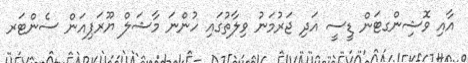
އާއި ވޮޝިންގޓަން ޑީސީ އަދި ޖަރުމަނު ވިލާތުގައި ހުންނަ މާޝަލް ޔޫރަޕިއަން ސެންޓަރ